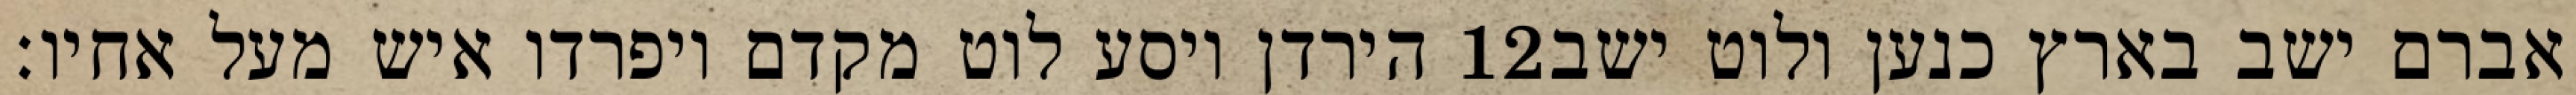
הירדן ויסע לוט מקדם ויפרדו איש מעל אחיו׃ ‎12‏ אברם ישב בארץ כנען ולוט ישב